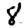
Digit: 8